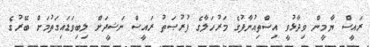
ރައީސް ޔާމީން ވިދާޅުވީ އިސްތިއުނާފުގެ މަރުހަލާގެ ފުރުޞަތު ރައީސް ނަޝީދަށް ލިބިވަޑައިގަތުމަށް ބޭރުގެ